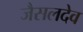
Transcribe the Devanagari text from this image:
जैसलदेव